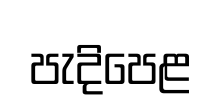
පැදිපෙළ